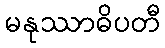
မနုဿာဓိပတီ